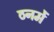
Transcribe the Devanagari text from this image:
ठनमें